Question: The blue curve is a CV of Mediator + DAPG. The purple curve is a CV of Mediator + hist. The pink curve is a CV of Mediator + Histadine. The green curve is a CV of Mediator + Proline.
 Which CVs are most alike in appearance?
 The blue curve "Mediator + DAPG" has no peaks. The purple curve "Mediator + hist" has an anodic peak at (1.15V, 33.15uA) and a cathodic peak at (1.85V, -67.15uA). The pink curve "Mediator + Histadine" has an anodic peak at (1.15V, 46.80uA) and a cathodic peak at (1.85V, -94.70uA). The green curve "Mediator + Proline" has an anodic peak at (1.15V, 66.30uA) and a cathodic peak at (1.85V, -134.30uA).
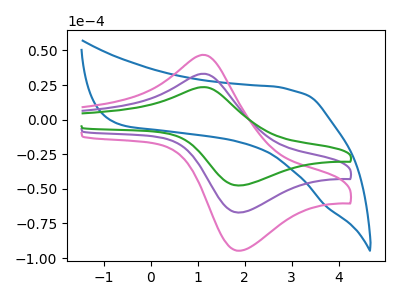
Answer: <think>"Mediator + DAPG" and "Mediator + hist" have a different number of peaks. "Mediator + DAPG" and "Mediator + Histadine" have a different number of peaks. "Mediator + DAPG" and "Mediator + Proline" have a different number of peaks. All the peaks in "Mediator + hist" have a peak in "Mediator + Histadine" at the same potential. Every peak in "Mediator + hist" is lower than every peak in "Mediator + Histadine". All the peaks in "Mediator + hist" have a peak in "Mediator + Proline" at the same potential. Every peak in "Mediator + hist" is lower than every peak in "Mediator + Proline". All the peaks in "Mediator + Histadine" have a peak in "Mediator + Proline" at the same potential. Every peak in "Mediator + Histadine" is lower than every peak in "Mediator + Proline".
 </think>
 <answer>"Mediator + Histadine", "Mediator + hist" and "Mediator + Proline" have the same shape and are likely CV's of the same chemical.</answer>
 <eval>"Mediator + Histadine" "Mediator + hist" "Mediator + Proline"</eval>